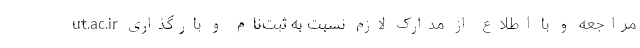
ut.ac.ir مراجعه و با اطلاع از مدارک لازم نسبت به ثبت‌نام و بارگذاری